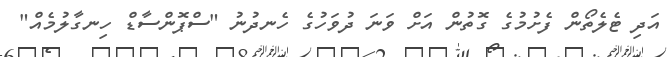
އަދި ޓެލެތޯން ފެށުމުގެ ގޮތުން އަށް ވަނަ ދުވަހުގެ ހެނދުނު "ސްޕޮންސާޑް ހިނގާލުމެއް"